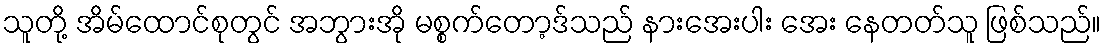
သူတို့ အိမ်ထောင်စုတွင် အဘွားအို မစ္စက်တော့ဒ်သည် နားအေးပါး အေး နေတတ်သူ ဖြစ်သည်။